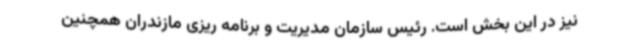
نیز در این بخش است. رئیس سازمان مدیریت و برنامه ریزی مازندران همچنین